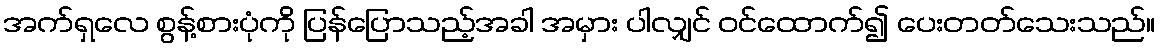
အက်ရှလေ စွန့်စားပုံကို ပြန်ပြောသည့်အခါ အမှား ပါလျှင် ဝင်ထောက်၍ ပေးတတ်သေးသည်။